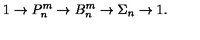
1 \to P _ { n } ^ { m } \to B _ { n } ^ { m } \to \Sigma _ { n } \to 1 .